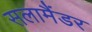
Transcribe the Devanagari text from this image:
सलामैंडर